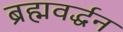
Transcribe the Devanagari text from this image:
ब्रह्मवर्द्धन